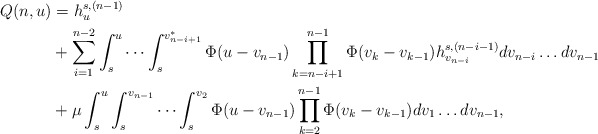
\begin{align*}Q(n,u)&=h_u^{s,(n-1)} \\&+ \sum_{i=1}^{n-2} \int_s^u \cdots \int_s^{v_{n-i+1}^*} \Phi(u-v_{n-1}) \prod_{k=n-i+1}^{n-1} \Phi(v_k-v_{k-1}) h_{v_{n-i}}^{s,(n-i-1)} dv_{n-i} \ldots dv_{n-1} \\&+ \mu \int_s^u \int_s^{v_{n-1}} \cdots \int_s^{v_2} \Phi(u-v_{n-1}) \prod_{k=2}^{n-1} \Phi(v_k-v_{k-1}) dv_1\ldots dv_{n-1},\end{align*}